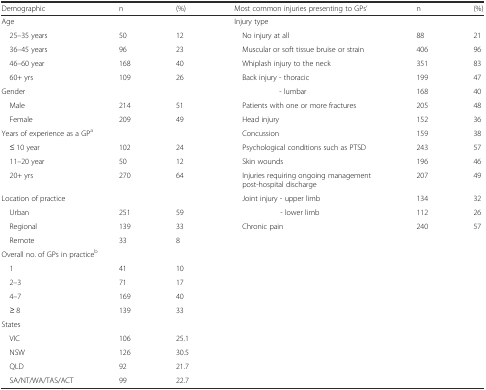
| Demographic | n | (%) | Most common injuries presenting to GPs’ | n | (%) |
 | --- | --- | --- | --- | --- | --- |
 | <COLSPAN=3> Age | <COLSPAN=3> Injury type |
 | 25–35 years | 50 | 12 | No injury at all | 88 | 21 |
 | 36–45 years | 96 | 23 | Muscular or soft tissue bruise or strain | 406 | 96 |
 | 46–60 year | 168 | 40 | Whiplash injury to the neck | 351 | 83 |
 | 60+ yrs | 109 | 26 | Back injury - thoracic | 199 | 47 |
 | <COLSPAN=3> Gender | - lumbar | 168 | 40 |
 | Male | 214 | 51 | Patients with one or more fractures | 205 | 48 |
 | Female | 209 | 49 | Head injury | 152 | 36 |
 | <COLSPAN=3> Years of experience as a GPa | Concussion | 159 | 38 |
 | ≤ 10 year | 102 | 24 | Psychological conditions such as PTSD | 243 | 57 |
 | 11–20 year | 50 | 12 | Skin wounds | 196 | 46 |
 | 20+ yrs | 270 | 64 | Injuries requiring ongoing management post-hospital discharge | 207 | 49 |
 | <COLSPAN=3> Location of practice | Joint injury - upper limb | 134 | 32 |
 | Urban | 251 | 59 | - lower limb | 112 | 26 |
 | Regional | 139 | 33 | Chronic pain | 240 | 57 |
 | Remote | 33 | 8 |  |  |  |
 | <COLSPAN=6> Overall no. of GPs in practiceb |
 | 1 | 41 | 10 |  |  |  |
 | 2–3 | 71 | 17 |  |  |  |
 | 4–7 | 169 | 40 |  |  |  |
 | ≥ 8 | 139 | 33 |  |  |  |
 | <COLSPAN=6> States |
 | VIC | 106 | 25.1 |  |  |  |
 | NSW | 126 | 30.5 |  |  |  |
 | QLD | 92 | 21.7 |  |  |  |
 | SA/NT/WA/TAS/ACT | 99 | 22.7 |  |  |  |